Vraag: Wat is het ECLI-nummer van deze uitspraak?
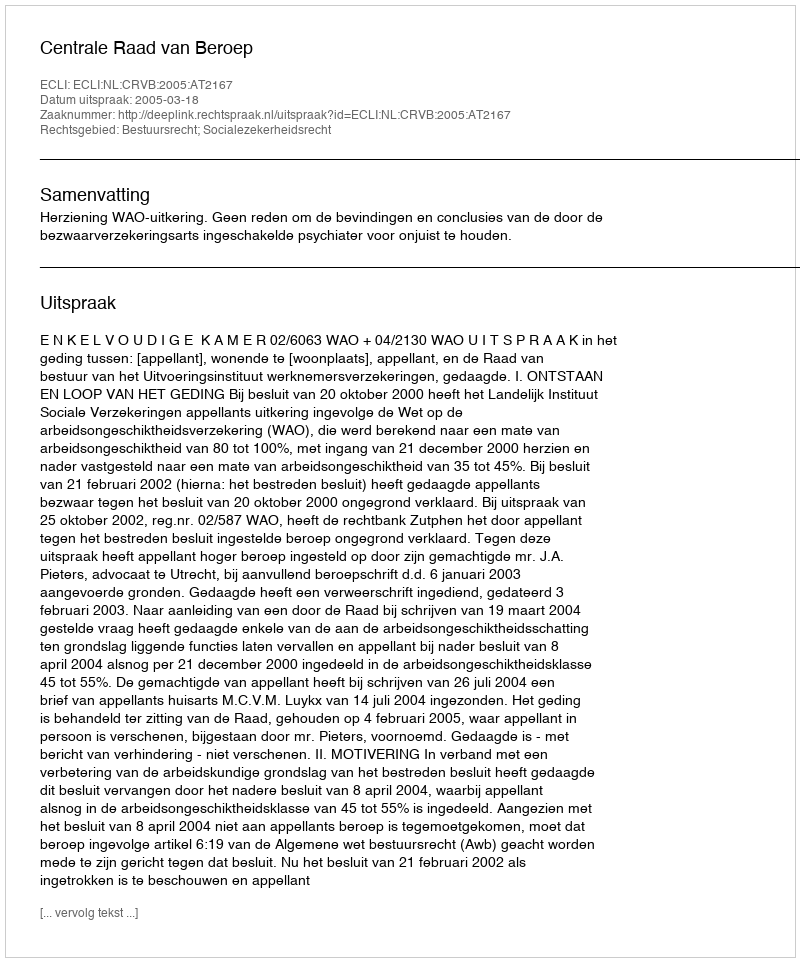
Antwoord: ECLI:NL:CRVB:2005:AT2167